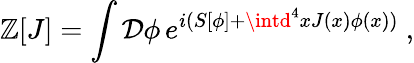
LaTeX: \mathbb{Z}[J]=\int{\mathcal{{D}}}\phi\, e^{i(S[\phi]+\intd^{4}xJ(x)\phi(x))}~,